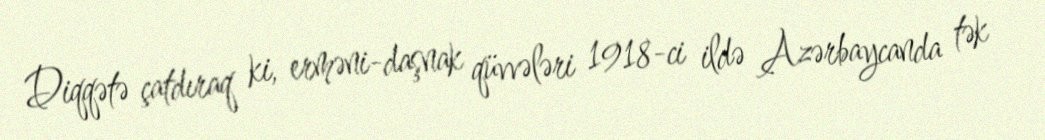
Diqqətə çatdıraq ki, erməni-daşnak qüvvələri 1918-ci ildə Azərbaycanda tək